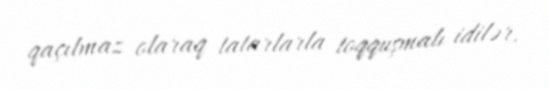
qaçılmaz olaraq tatarlarla toqquşmalı idilər.